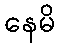
နေမိ